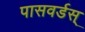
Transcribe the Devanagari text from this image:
पासवर्डस्